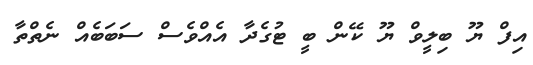
އިފް ޔޫ ބިލީވް ޔޫ ކޭން ބީ ޓުގެދާ އެއްވެސް ސަބަބެއް ނެތްތާ